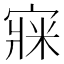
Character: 㝥